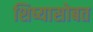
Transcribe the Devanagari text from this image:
शिष्यासोबत